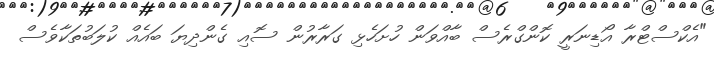
"އެކްސްޓްރާ އޯޑިނަރީ ކޮންގްރެސް ބާއްވަން ހުށަހެޅި ގަރާރުން ސޮއި ގެންދިޔަ ބައެއް ކުލަބުތަކާވެސް